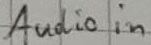
Text: Audio in